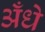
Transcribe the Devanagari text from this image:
अँधे